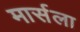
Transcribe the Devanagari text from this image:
मार्सला